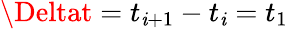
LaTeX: \Deltat=t_{\mathit{i}+1}-t_{\mathit{i}}=t_{1}